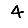
Digit: 4